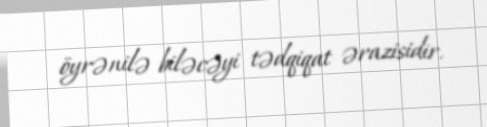
öyrənilə biləcəyi tədqiqat ərazisidir.